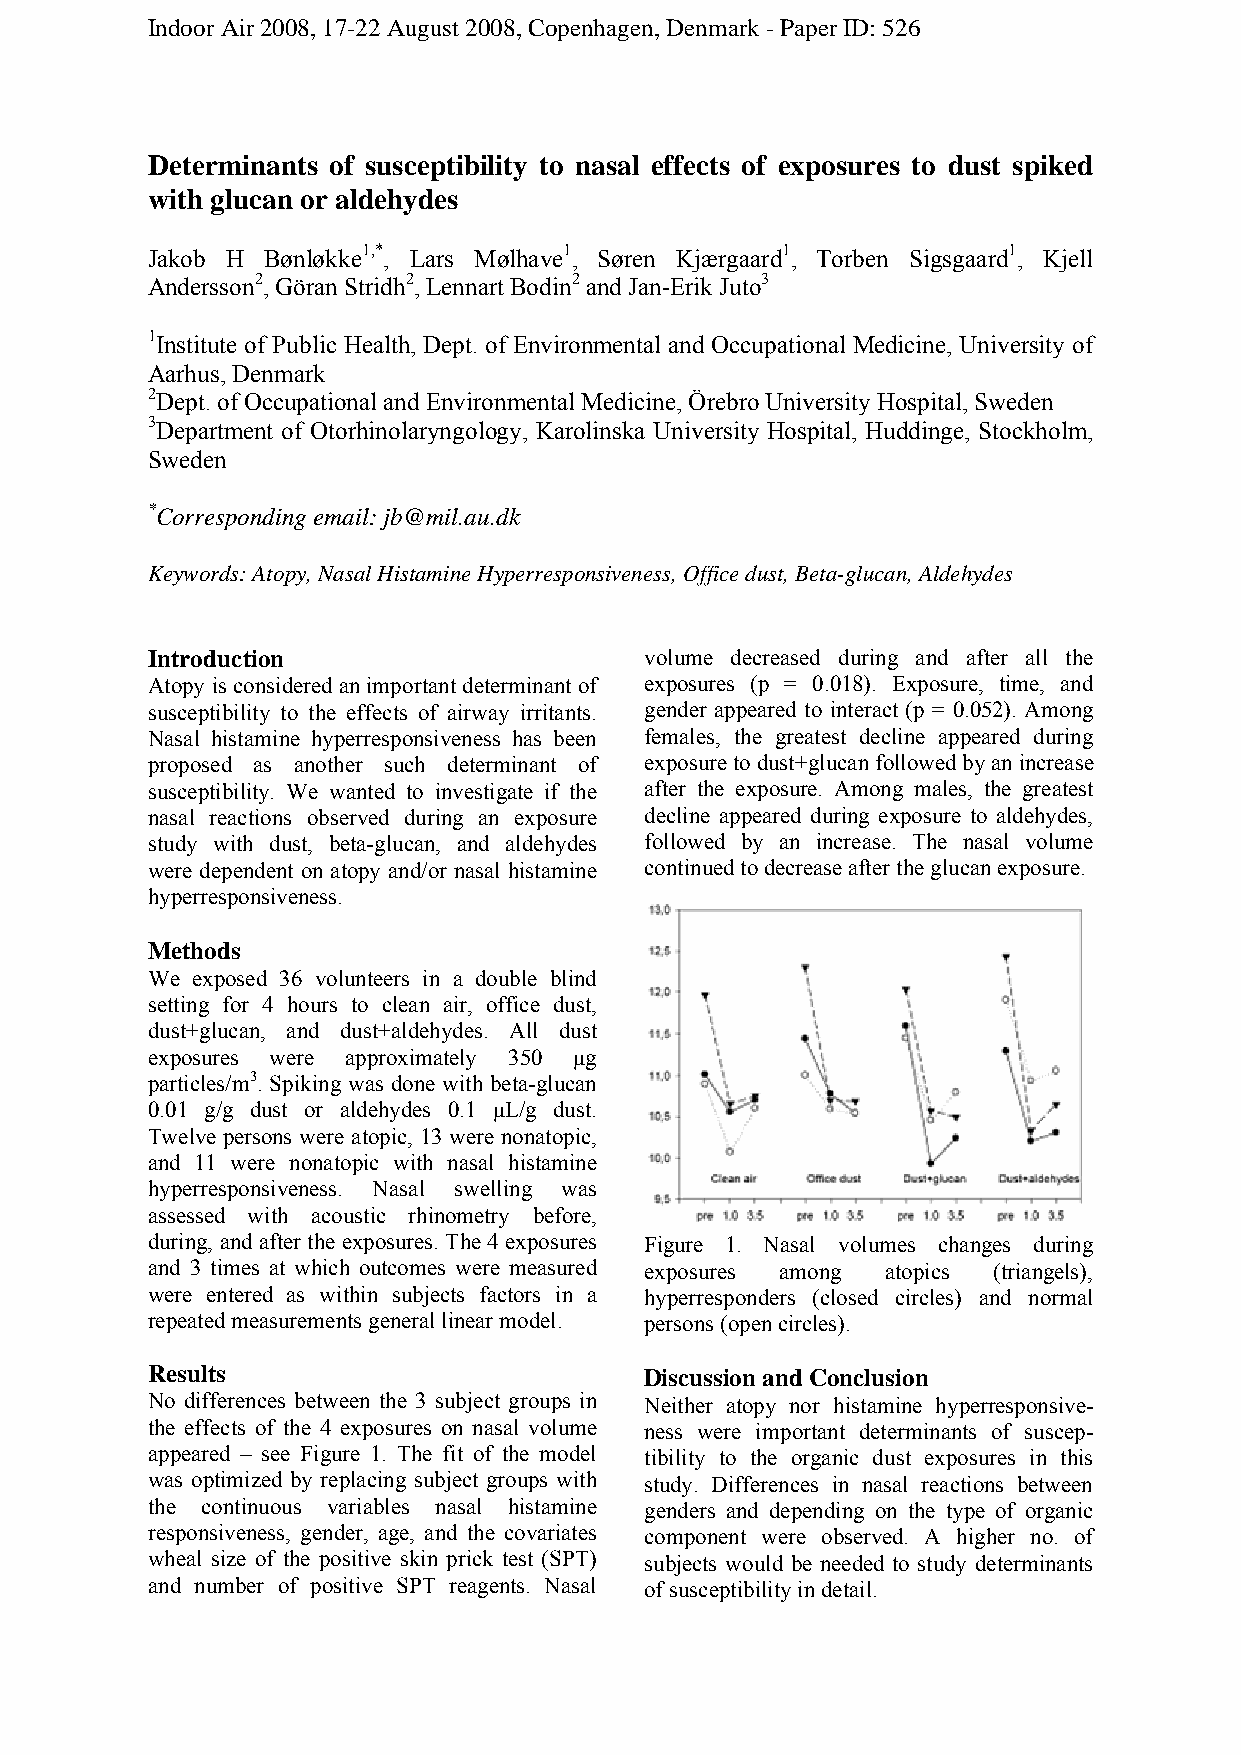
Indoor Air 2008, 17-22 August 2008, Copenhagen, Denmark - Paper ID: 526
 Determinants of susceptibility to nasal effects of exposures to dust spiked
 with glucan or aldehydes
 Jakob H Bønløkke1,*, Lars Mølhave1, Søren Kjærgaard1, Torben Sigsgaard1, Kjell
 Andersson2, Göran Stridh2, Lennart Bodin2 and Jan-Erik Juto3
 1Institute of Public Health, Dept. of Environmental and Occupational Medicine, University of
 Aarhus, Denmark
 2Dept. of Occupational and Environmental Medicine, Örebro University Hospital, Sweden
 3Department of Otorhinolaryngology, Karolinska University Hospital, Huddinge, Stockholm,
 Sweden
 *Corresponding email: jb@mil.au.dk
 Keywords: Atopy, Nasal Histamine Hyperresponsiveness, Office dust, Beta-glucan, Aldehydes
 Introduction                     volume decreased during and after all the
 Atopy is considered an important determinant of exposures (p = 0.018). Exposure, time, and
 susceptibility to the effects of airway irritants. gender appeared to interact (p = 0.052). Among
 Nasal histamine hyperresponsiveness has been females, the greatest decline appeared during
 proposed as another such determinant of exposure to dust+glucan followed by an increase
 susceptibility. We wanted to investigate if the after the exposure. Among males, the greatest
 nasal reactions observed during an exposure decline appeared during exposure to aldehydes,
 study with dust, beta-glucan, and aldehydes followed by an increase. The nasal volume
 were dependent on atopy and/or nasal histamine continued to decrease after the glucan exposure.
 hyperresponsiveness.
 Methods
 We exposed 36 volunteers in a double blind
 setting for 4 hours to clean air, office dust,
 dust+glucan, and dust+aldehydes. All dust
 exposures were approximately 350 μg
 particles/m3. Spiking was done with beta-glucan
 0.01 g/g dust or aldehydes 0.1 μL/g dust.
 Twelve persons were atopic, 13 were nonatopic,
 and 11 were nonatopic with nasal histamine
 hyperresponsiveness. Nasal swelling was
 assessed with acoustic rhinometry before,
 during, and after the exposures. The 4 exposures Figure 1. Nasal volumes changes during
 and 3 times at which outcomes were measured exposures among atopics (triangels),
 were entered as within subjects factors in a hyperresponders (closed circles) and normal
 repeated measurements general linear model. persons (open circles).
 Results                          Discussion and Conclusion
 No differences between the 3 subject groups in Neither atopy nor histamine hyperresponsive-
 the effects of the 4 exposures on nasal volume ness were important determinants of suscep-
 appeared – see Figure 1. The fit of the model tibility to the organic dust exposures in this
 was optimized by replacing subject groups with study. Differences in nasal reactions between
 the continuous variables nasal histamine genders and depending on the type of organic
 responsiveness, gender, age, and the covariates component were observed. A higher no. of
 wheal size of the positive skin prick test (SPT) subjects would be needed to study determinants
 and number of positive SPT reagents. Nasal of susceptibility in detail.